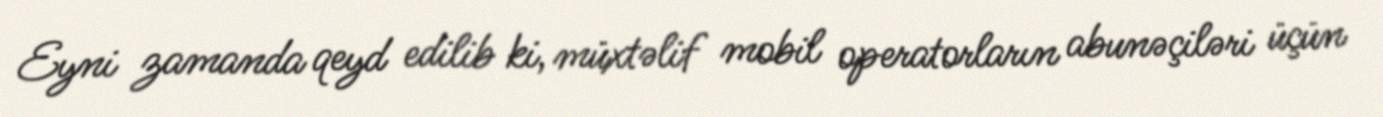
Eyni zamanda qeyd edilib ki, müxtəlif mobil operatorların abunəçiləri üçün